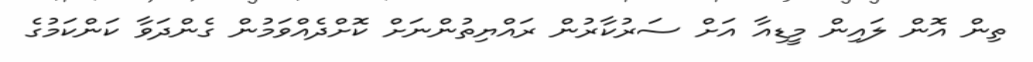
ތިން އޮން ލައިން މީޑިއާ އަށް ސަރުކާރުން ރައްޔިތުންނަށް ކޮށްދެއްވަމުން ގެންދަވާ ކަންކަމުގެ